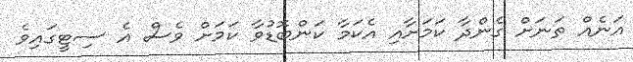
އަނެއް ތަނަށް ގެންދާ ކަމަށާއި އެކަމާ ކަންބޮޑުވާ ކަމަށް ވެސް އެ ސިޓީގައިވެ